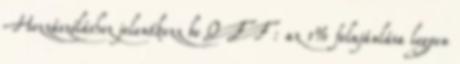
Hozzászóláshoz jelentkezz be OFF : az 1% felajánlása legyen